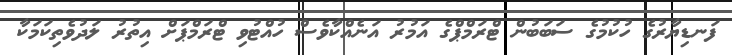
ފަނޑިޔާރުގެ ހުކުމުގެ ސަބަބުން ޓްރަމްޕްގެ އަމުރު އަނެއްކާވެސް ހުއްޓުވި ޓްރަމްޕަށް އިތުރު ލަދުވެތިކަމަކާ